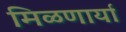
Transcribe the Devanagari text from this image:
मिळणार्या